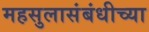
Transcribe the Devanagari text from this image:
महसुलासंबंधीच्या